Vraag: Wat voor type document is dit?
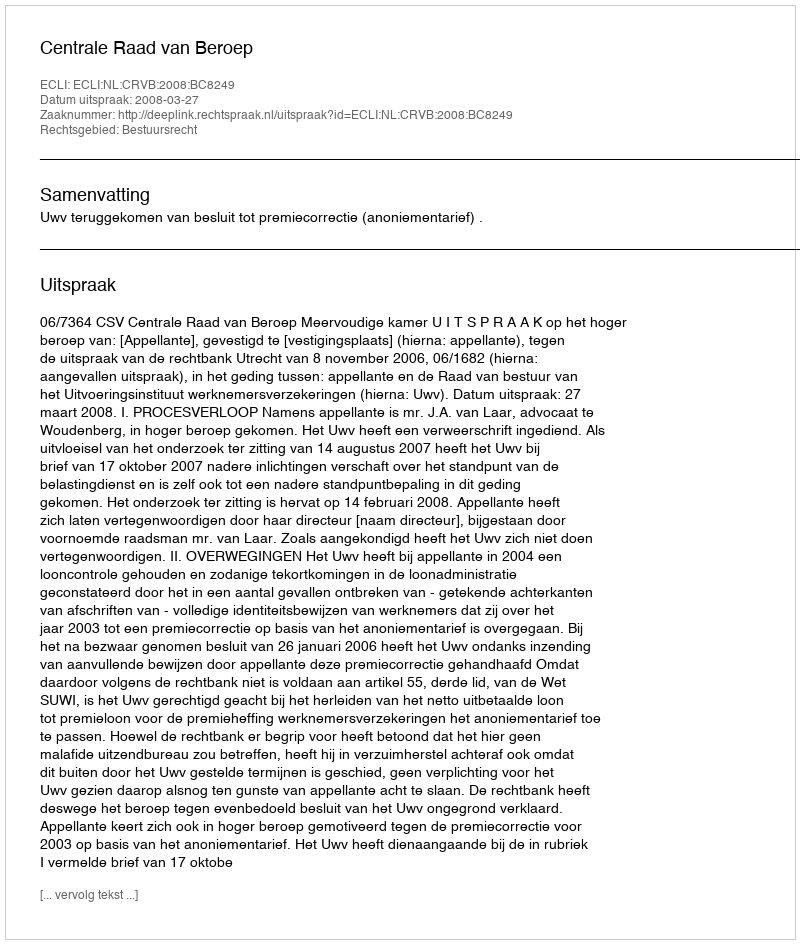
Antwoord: Uitspraak